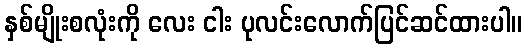
နှစ်မျိုးစလုံးကို လေး ငါး ပုလင်းလောက်ပြင်ဆင်ထားပါ။